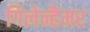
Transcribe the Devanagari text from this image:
गिलेन्हैमर